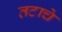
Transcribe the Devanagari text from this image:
तटाचे